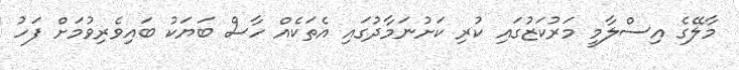
މާލޭގެ އިސްލާމީ މަރުކަޒުގައި ކުރި ކަށުނަމާދުގައި އެތަކެއް ހާސް ބަޔަކު ބައިވެރިވުމަށް ފަހު